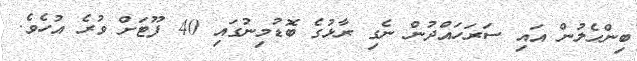
ބިންހެލުން އައި ސަރަހައްދުން ނެގި ރާޅުގެ ބޮޑުމިނުގައި 40 ފޫޓަށް ވުރެ އުހެވެ.